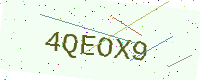
Text: 4QEOX9